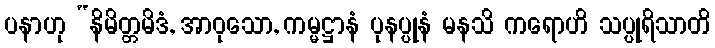
ပနာဟု “နိမိတ္တမိဒံ, အာဝုသော, ကမ္မဋ္ဌာနံ ပုနပ္ပုနံ မနသိ ကရောဟိ သပ္ပုရိသာတိ